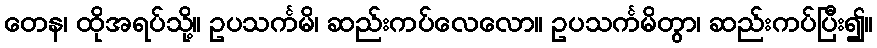
တေန၊ ထိုအရပ်သို့။ ဥပသင်္ကမိ၊ ဆည်းကပ်လေလော။ ဥပသင်္ကမိတွာ၊ ဆည်းကပ်ပြီး၍။